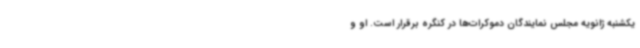
یکشنبه ژانویه مجلس نمایندگان دموکرات‌ها در کنگره برقرار است. او و